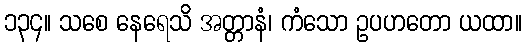
၁၃၄။ သစေ နေရေသိ အတ္တာနံ၊ ကံသော ဥပဟတော ယထာ။